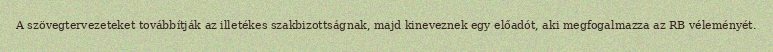
A szövegtervezeteket továbbítják az illetékes szakbizottságnak, majd kineveznek egy előadót, aki megfogalmazza az RB véleményét.